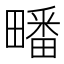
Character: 𭻱